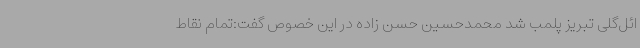
ائل‌گلی تبریز پلمب شد محمدحسین حسن زاده در این خصوص گفت:تمام نقاط